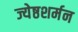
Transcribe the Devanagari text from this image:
ज्येष्ठशर्मन